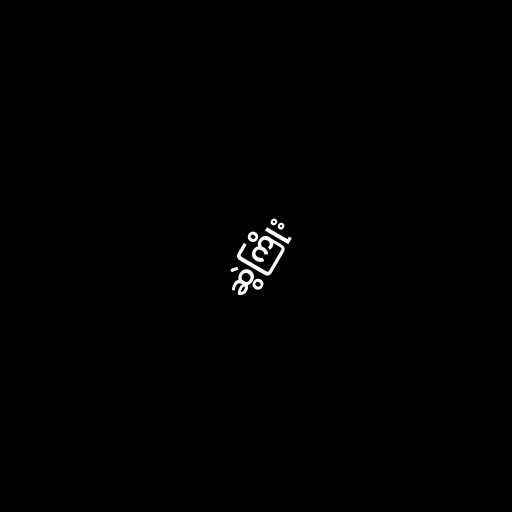
ဆွဲကြိုး